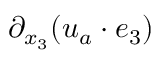
\partial _ { x _ { 3 } } ( \boldsymbol { u } _ { a } \cdot \boldsymbol { e } _ { 3 } )